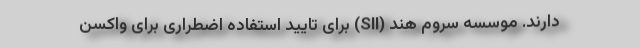
دارند. موسسه سروم هند (SII) برای تایید استفاده اضطراری برای واکسن